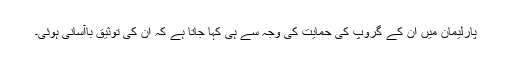
پارلیمان میں ان کے گروپ کی حمایت کی وجہ سے ہی کہا جاتا ہے کہ ان کی توثیق باآسانی ہوئی۔